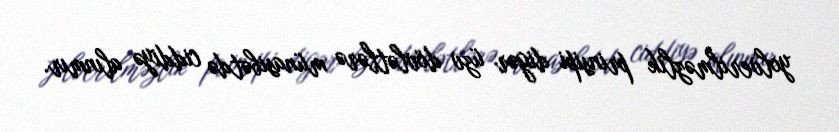
yolverilməzlik prinsipi digər üzv dövlətlərə münasibətdə ciddiyə alınmır.